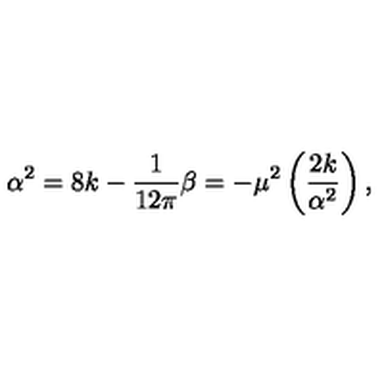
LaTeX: \alpha ^ { 2 } = 8 k - \frac { 1 } { 1 2 \pi } \beta = - \mu ^ { 2 } \left( \frac { 2 k } { \alpha ^ { 2 } } \right) ,